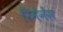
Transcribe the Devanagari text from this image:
रिमेनेंस